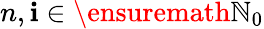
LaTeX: n,\mathbf{i}\in\ensuremath{{\mathbb{{N}}}}_{0}